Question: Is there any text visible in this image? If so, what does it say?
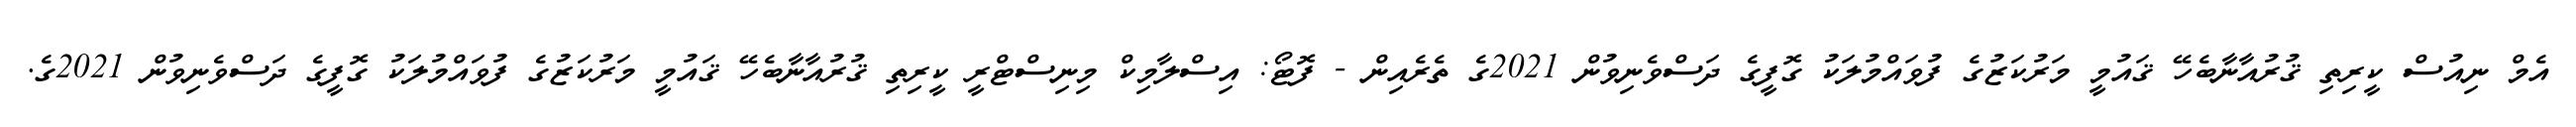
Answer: އެމް ނިއުސް ކީރިތި ޤުރުއާނާބެހޭ ޤައުމީ މަރުކަޒުގެ ފުވައްމުލަކު ގޮފީގެ ދަސްވެނިވުން 2021ގެ ތެރެއިން - ފޮޓޯ: އިސްލާމިކް މިނިސްޓްރީ ކީރިތި ޤުރުއާނާބެހޭ ޤައުމީ މަރުކަޒުގެ ފުވައްމުލަކު ގޮފީގެ ދަސްވެނިވުން 2021ގެ.